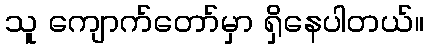
သူ ကျောက်တော်မှာ ရှိနေပါတယ်။